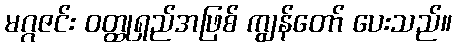
မဂ္ဂဇင်း ဝတ္ထုရှည်အဖြစ် ကျွန်တော် ပေးသည်။